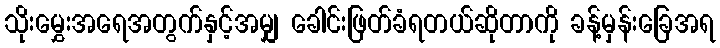
သိုးမွှေးအရေအတွက်နှင့်အမျှ ခေါင်းဖြတ်ခံရတယ်ဆိုတာကို ခန့်မှန်းခြေအရ